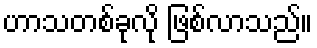
ဟာသတစ်ခုလို ဖြစ်လာသည်။